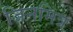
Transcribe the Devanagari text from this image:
जिनमित्र